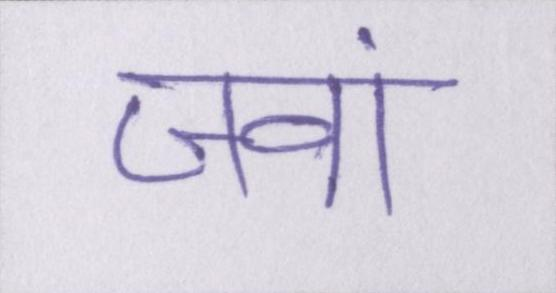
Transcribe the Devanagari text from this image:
जवां